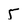
Character: 5